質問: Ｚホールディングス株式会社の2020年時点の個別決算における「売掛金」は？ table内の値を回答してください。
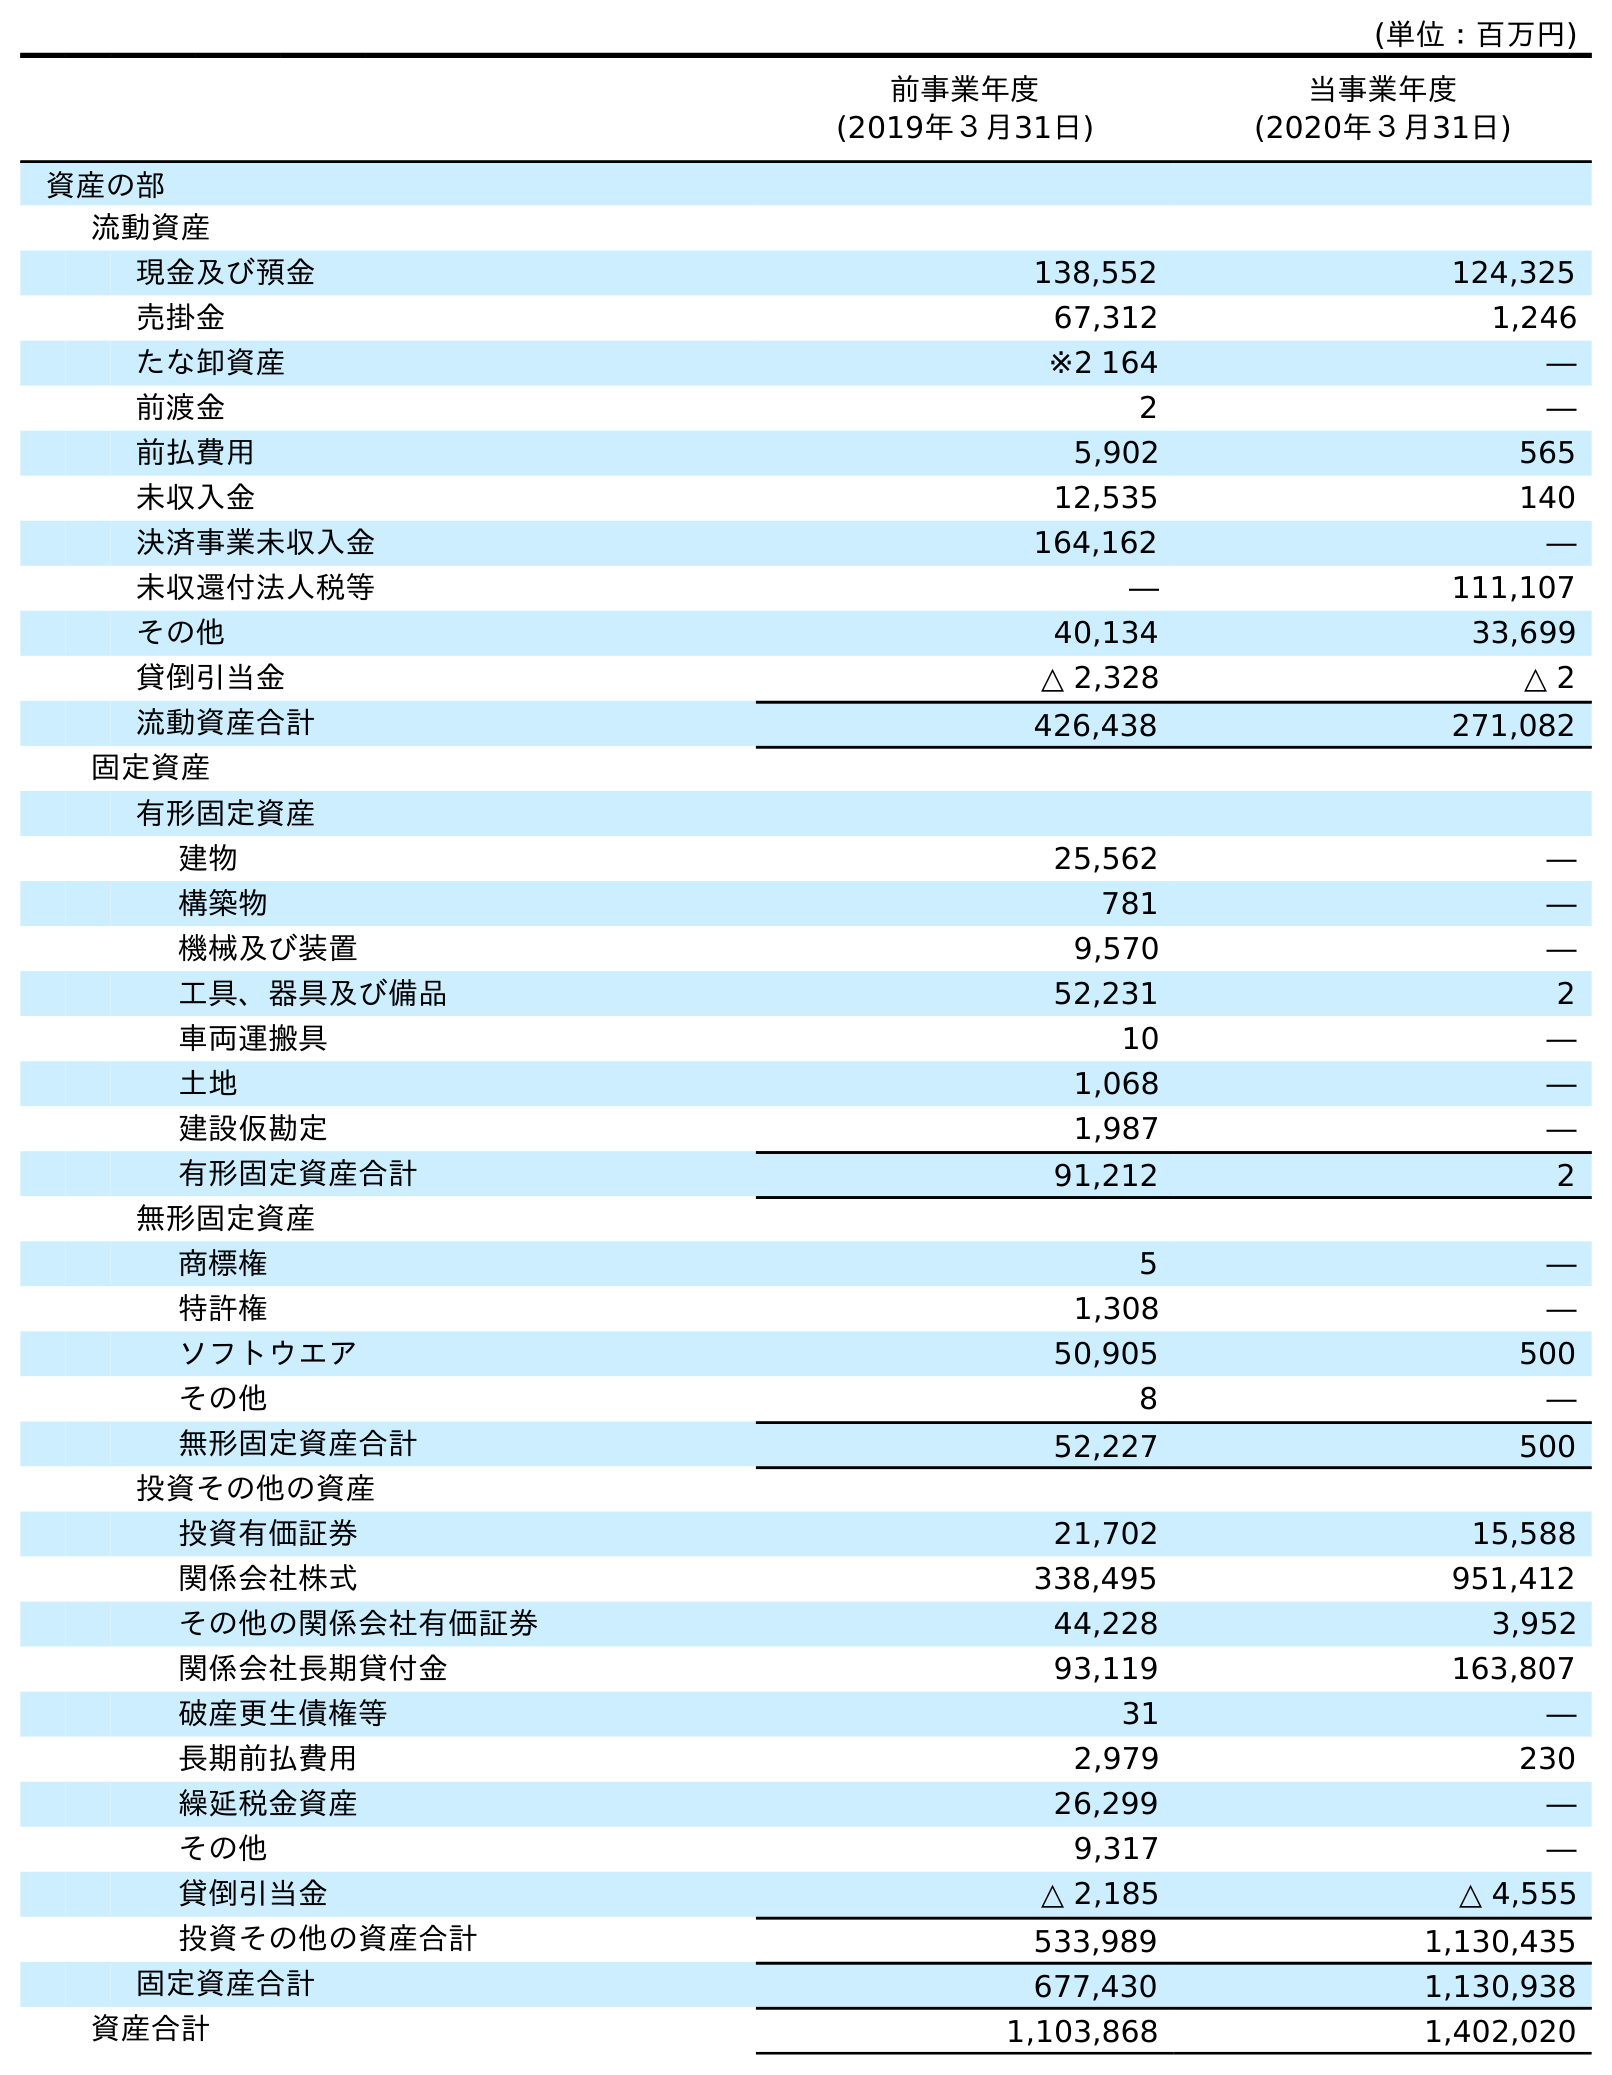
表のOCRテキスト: (単位：百万円) 前事業年度 (2019年３月31日) 当事業年度 (2020年３月31日) 資産の部 流動資産 現金及び預金 138,552 124,325 売掛金 67,312 1,246 たな卸資産 ※2 164 ― 前渡金 2 ― 前払費用 5,902 565 未収入金 12,535 140 決済事業未収入金 164,162 ― 未収還付法人税等 ― 111,107 その他 40,134 33,699 貸倒引当金 △ 2,328 △ 2 流動資産合計 426,438 271,082 固定資産 有形固定資産 建物 25,562 ― 構築物 781 ― 機械及び装置 9,570 ― 工具、器具及び備品 52,231 2 車両運搬具 10 ― 土地 1,068 ― 建設仮勘定 1,987 ― 有形固定資産合計 91,212 2 無形固定資産 商標権 5 ― 特許権 1,308 ― ソフトウエア 50,905 500 その他 8 ― 無形固定資産合計 52,227 500 投資その他の資産 投資有価証券 21,702 15,588 関係会社株式 338,495 951,412 その他の関係会社有価証券 44,228 3,952 関係会社長期貸付金 93,119 163,807 破産更生債権等 31 ― 長期前払費用 2,979 230 繰延税金資産 26,299 ― その他 9,317 ― 貸倒引当金 △ 2,185 △ 4,555 投資その他の資産合計 533,989 1,130,435 固定資産合計 677,430 1,130,938 資産合計 1,103,868 1,402,020
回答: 1,246